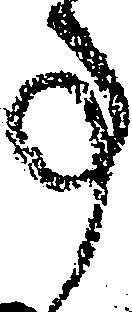
事